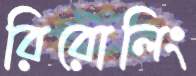
রিরোলিং